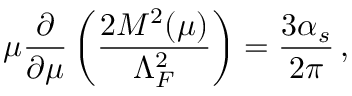
\mu \frac { \partial } { \partial \mu } \left( \frac { 2 M ^ { 2 } ( \mu ) } { \Lambda _ { F } ^ { 2 } } \right) = \frac { 3 \alpha _ { s } } { 2 \pi } \, ,